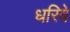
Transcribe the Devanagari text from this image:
धरिबे